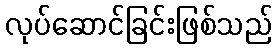
လုပ်ဆောင်ခြင်းဖြစ်သည်